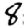
Digit: 8